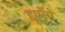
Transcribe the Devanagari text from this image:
द्यूमेंगे